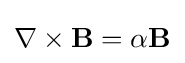
\nabla \times \mathbf {B} =\alpha \mathbf {B}